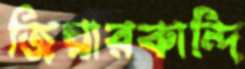
জিয়ারকান্দি